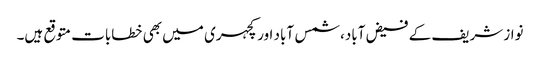
نواز شریف کے فیض آباد، شمس آباد اور کچہری میں بھی خطابات متوقع ہیں۔